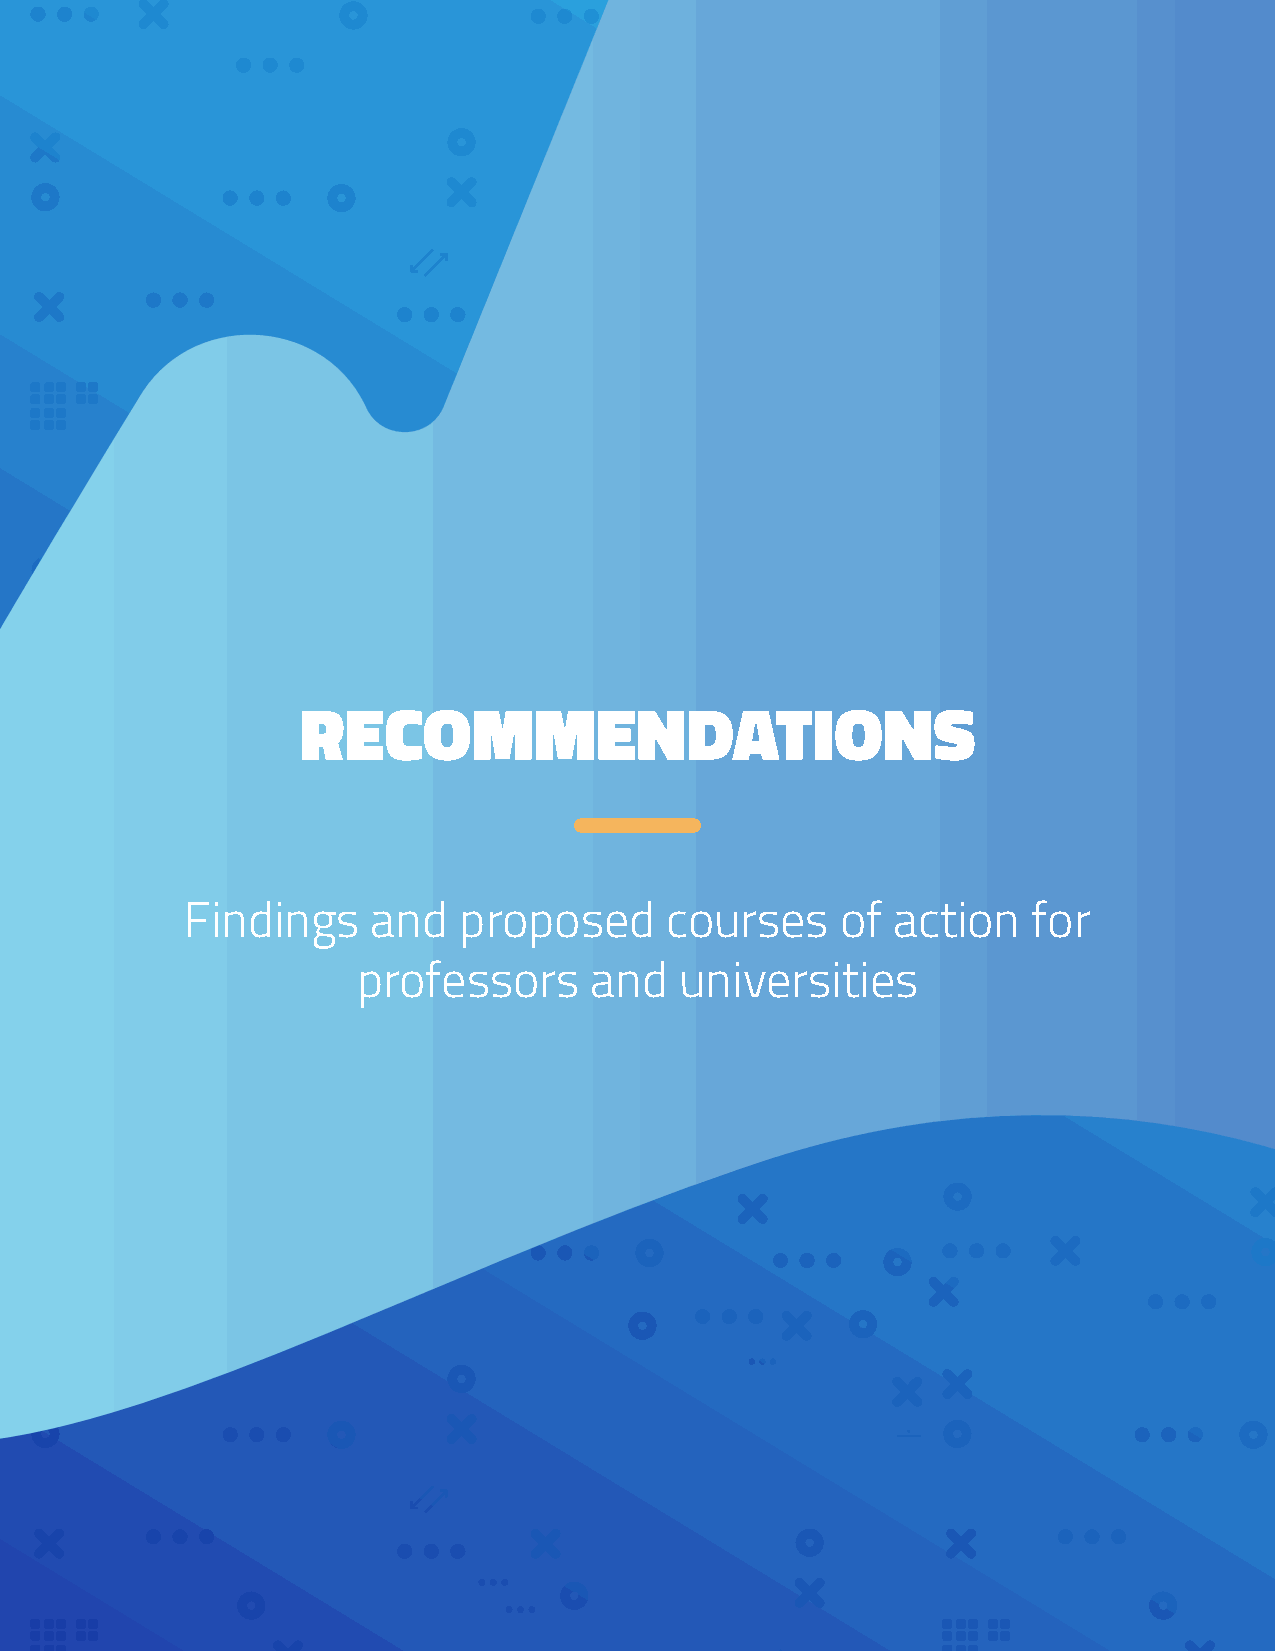
RECOMMENDATIONS
 Findings     and  proposed      courses     of action   for
 professors     and   universities